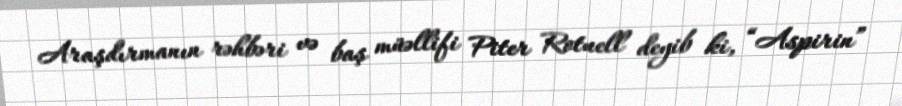
Araşdırmanın rəhbəri və baş müəllifi Piter Rotuell deyib ki, “Aspirin”